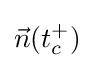
{\vec {n}}(t_{c}^{+})